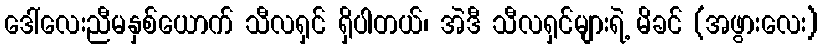
ဒေါ်လေးညီမနှစ်ယောက် သီလရှင် ရှိပါတယ်၊ အဲဒီ သီလရှင်များရဲ့ မိခင် (အဖွားလေး)